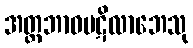
အတ္တဘာဝပဋိလာဘေသု